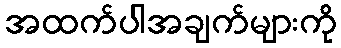
အထက်ပါအချက်များကို